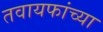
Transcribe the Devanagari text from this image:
तवायफांच्या